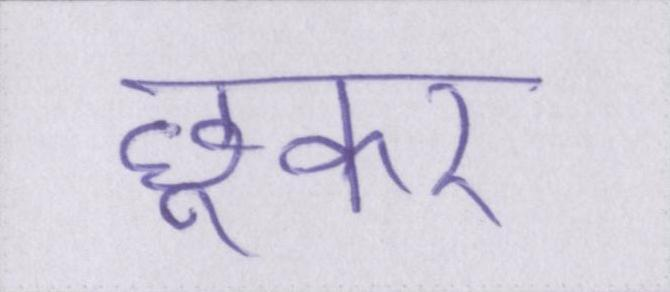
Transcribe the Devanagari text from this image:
छूकर